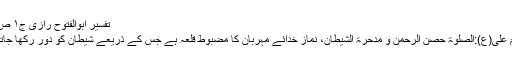
تفسیر ابوالفتوح رازی ج۱ ص۲۴۸
↑ امام علی(ع):الصلوۃ حصن الرحمن و مدحرۃ الشیطان، نماز خدائے مہربان کا مضبوط قلعہ ہے جس کے ذریعے شیطان کو دور رکھا جاتا ہے۔